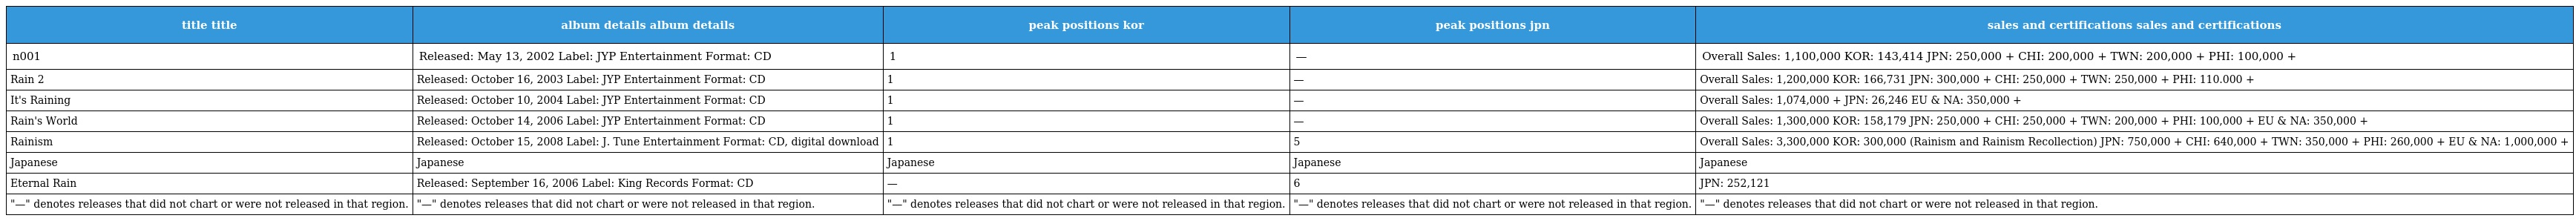
| title title | album details album details | peak positions kor | peak positions jpn | sales and certifications sales and certifications |
 | --- | --- | --- | --- | --- |
 | n001 | Released: May 13, 2002 Label: JYP Entertainment Format: CD | 1 | — | Overall Sales: 1,100,000 KOR: 143,414 JPN: 250,000 + CHI: 200,000 + TWN: 200,000 + PHI: 100,000 + |
 | Rain 2 | Released: October 16, 2003 Label: JYP Entertainment Format: CD | 1 | — | Overall Sales: 1,200,000 KOR: 166,731 JPN: 300,000 + CHI: 250,000 + TWN: 250,000 + PHI: 110.000 + |
 | It's Raining | Released: October 10, 2004 Label: JYP Entertainment Format: CD | 1 | — | Overall Sales: 1,074,000 + JPN: 26,246 EU & NA: 350,000 + |
 | Rain's World | Released: October 14, 2006 Label: JYP Entertainment Format: CD | 1 | — | Overall Sales: 1,300,000 KOR: 158,179 JPN: 250,000 + CHI: 250,000 + TWN: 200,000 + PHI: 100,000 + EU & NA: 350,000 + |
 | Rainism | Released: October 15, 2008 Label: J. Tune Entertainment Format: CD, digital download | 1 | 5 | Overall Sales: 3,300,000 KOR: 300,000 (Rainism and Rainism Recollection) JPN: 750,000 + CHI: 640,000 + TWN: 350,000 + PHI: 260,000 + EU & NA: 1,000,000 + |
 | Japanese | Japanese | Japanese | Japanese | Japanese |
 | Eternal Rain | Released: September 16, 2006 Label: King Records Format: CD | — | 6 | JPN: 252,121 |
 | "—" denotes releases that did not chart or were not released in that region. | "—" denotes releases that did not chart or were not released in that region. | "—" denotes releases that did not chart or were not released in that region. | "—" denotes releases that did not chart or were not released in that region. | "—" denotes releases that did not chart or were not released in that region. |